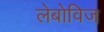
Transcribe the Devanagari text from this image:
लेबोविज